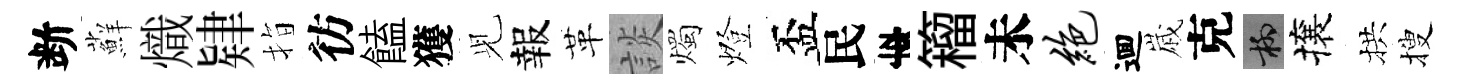
断蘚熾肄指彷饁獲𫤗報革談燭燈盃民李籕未绝逥𡻕克柳攘拱搜